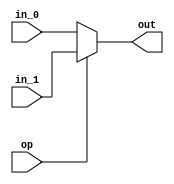
module mux(in_1, in_0, op, out);
	input [31:0] in_1, in_0;
	input op;

	output [31:0] out;


	assign out = op ? in_1 : in_0;

endmodule